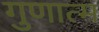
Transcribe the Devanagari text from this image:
गुणात्म